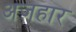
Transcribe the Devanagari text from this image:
अजहार